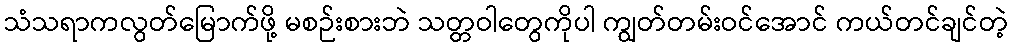
သံသရာကလွတ်မြောက်ဖို့ မစဉ်းစားဘဲ သတ္တဝါတွေကိုပါ ကျွတ်တမ်းဝင်အောင် ကယ်တင်ချင်တဲ့